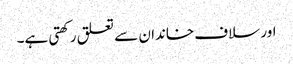
اور سلاف خاندان سے تعلق رکھتی ہے۔